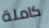
كاملة